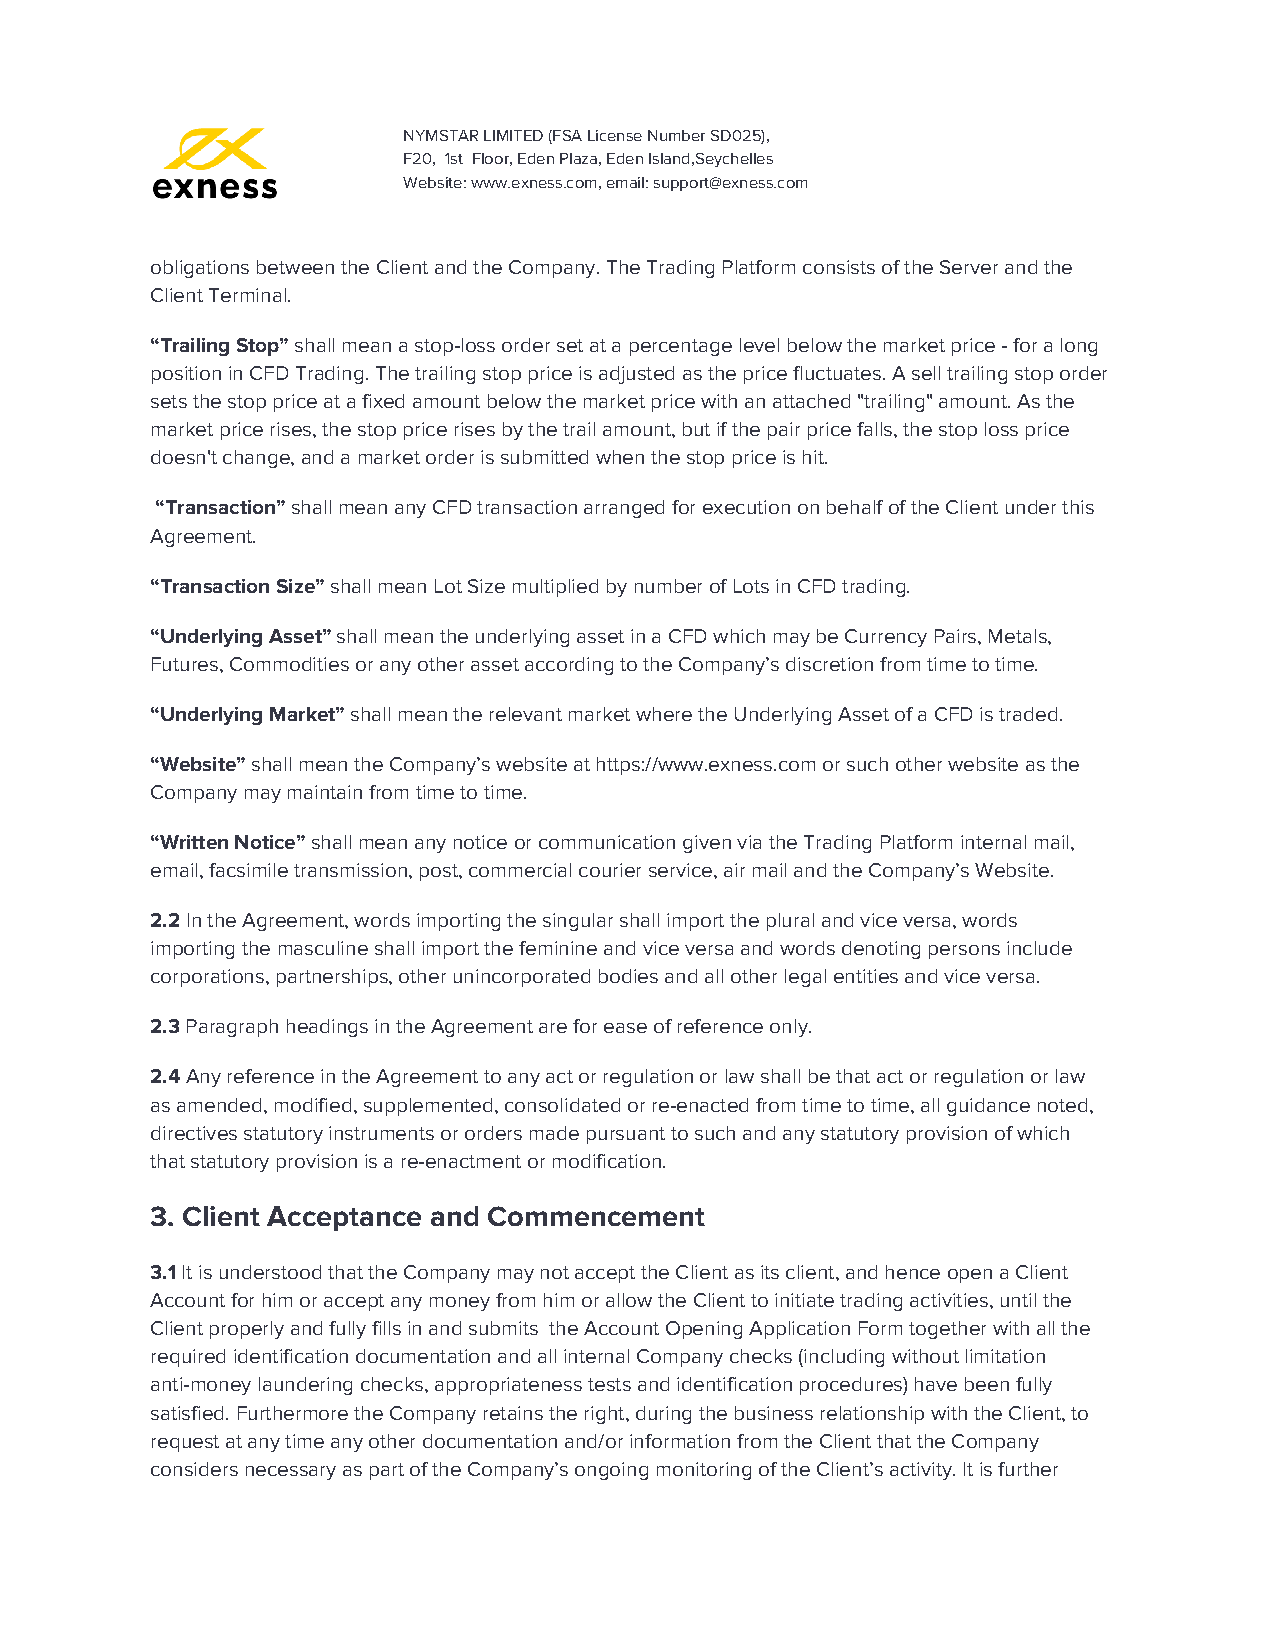
NYMSTAR LIMITED (FSA License Number SD025),
 F20, 1st Floor, Eden Plaza, Eden Island,Seychelles
 Website: www.exness.com, email: support@exness.com
 obligations between the Client and the Company. The Trading Platform consists of the Server and the
 Client Terminal.
 “Trailing Stop” shall mean a stop-loss order set at a percentage level below the market price - for a long
 ​
 position in CFD Trading. The trailing stop price is adjusted as the price fluctuates. A sell trailing stop order
 sets the stop price at a fixed amount below the market price with an attached "trailing" amount. As the
 market price rises, the stop price rises by the trail amount, but if the pair price falls, the stop loss price
 doesn't change, and a market order is submitted when the stop price is hit.
 “Transaction” shall mean any CFD transaction arranged for execution on behalf of the Client under this
 ​
 Agreement.
 “Transaction Size” shall mean Lot Size multiplied by number of Lots in CFD trading.
 ​
 “Underlying Asset” shall mean the underlying asset in a CFD which may be Currency Pairs, Metals,
 ​
 Futures, Commodities or any other asset according to the Company’s discretion from time to time.
 “Underlying Market” shall mean the relevant market where the Underlying Asset of a CFD is traded.
 ​
 “Website” shall mean the Company’s website at https://www.exness.com or such other website as the
 ​
 Company may maintain from time to time.
 “Written Notice” shall mean any notice or communication given via the Trading Platform internal mail,
 ​
 email, facsimile transmission, post, commercial courier service, air mail and the Company’s Website.
 2.2 In the Agreement, words importing the singular shall import the plural and vice versa, words
 ​
 importing the masculine shall import the feminine and vice versa and words denoting persons include
 corporations, partnerships, other unincorporated bodies and all other legal entities and vice versa.
 2.3 Paragraph headings in the Agreement are for ease of reference only.
 ​
 2.4 Any reference in the Agreement to any act or regulation or law shall be that act or regulation or law
 ​
 as amended, modified, supplemented, consolidated or re-enacted from time to time, all guidance noted,
 directives statutory instruments or orders made pursuant to such and any statutory provision of which
 that statutory provision is a re-enactment or modification.
 3. Client Acceptance and Commencement
 3.1 It is understood that the Company may not accept the Client as its client, and hence open a Client
 ​
 Account for him or accept any money from him or allow the Client to initiate trading activities, until the
 Client properly and fully fills in and submits the Account Opening Application Form together with all the
 required identification documentation and all internal Company checks (including without limitation
 anti-money laundering checks, appropriateness tests and identification procedures) have been fully
 satisfied. Furthermore the Company retains the right, during the business relationship with the Client, to
 request at any time any other documentation and/or information from the Client that the Company
 considers necessary as part of the Company’s ongoing monitoring of the Client’s activity. It is further